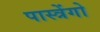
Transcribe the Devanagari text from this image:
पास्त्रेंगो